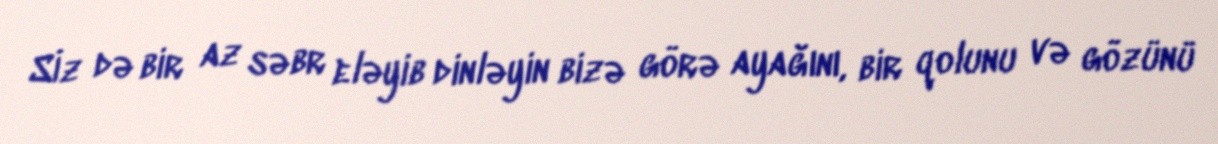
Sİz də bir az səbr eləyib dinləyin bizə görə ayağını, bir qolunu və gözünü